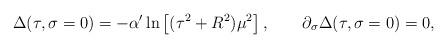
LaTeX: \begin{align*}\Delta(\tau,\sigma= 0) = -\alpha'\ln\left[(\tau^2 + R^2)\mu^2\right],\qquad \partial_\sigma \Delta(\tau,\sigma= 0) = 0,\end{align*}